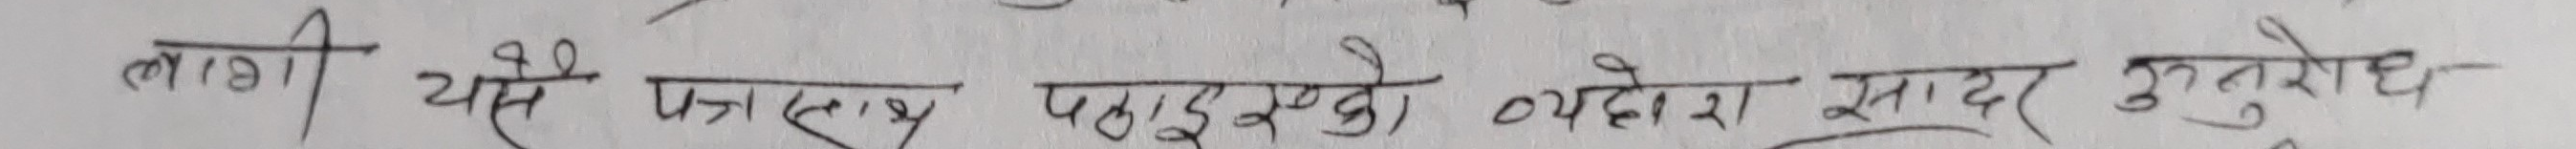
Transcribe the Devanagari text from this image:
लागी यसै फाल्स पठाइदिनुको व्यहोरा सादर अनुरोध ।